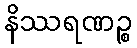
နိဿရဏဉ္စ